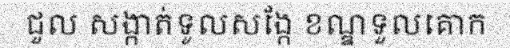
ជួល សង្កាត់ទូលសង្កែ ខណ្ឌទួលគោក